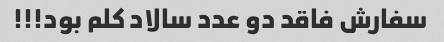
سفارش فاقد دو عدد سالاد کلم بود!!!